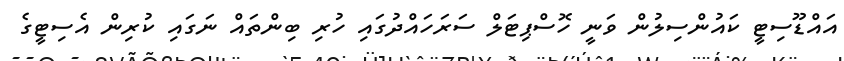
އައްޑޫސިޓީ ކައުންސިލުން ވަނީ ހޮސްޕިޓަލް ސަރަހައްދުގައި ހުރި ބިންތައް ނަގައި ކުރިން އެސިޓީގެ